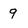
Character: 9